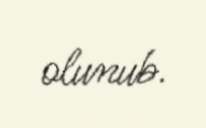
olunub.